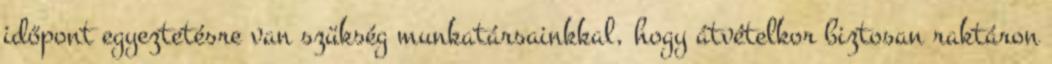
időpont egyeztetésre van szükség munkatársainkkal, hogy átvételkor biztosan raktáron